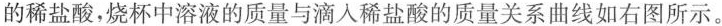
的稀盐酸，烧杯中溶液的质量与滴入稀盐酸的质量关系曲线如右图所示。